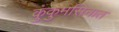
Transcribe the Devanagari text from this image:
कुंकुमसिनात